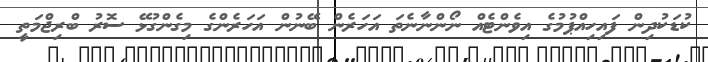
ކުޑަކުދިން ފައިހިއްޕުމުގެ އިވެންޓެއް ނޯންނާނެތަ އަހަރެން ބޭނުން އަހަރެންގެ މިގެންގުޅޭ ސޮރު ބްރިޖްމަތީ